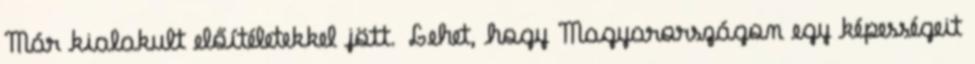
Már kialakult előítéletekkel jött. Lehet, hogy Magyarországon egy képességeit